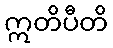
ဣတိပီတိ